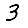
Digit: 3